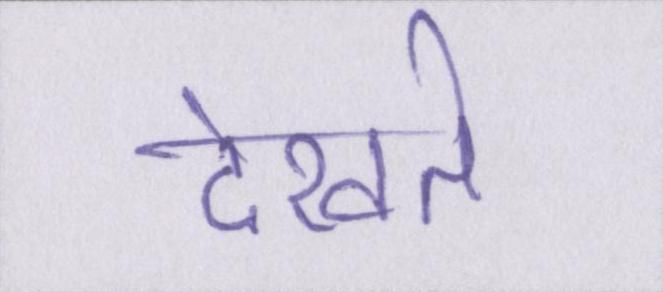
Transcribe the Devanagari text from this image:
देखते